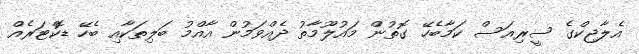
އެލާޖިކްގެ ސީރިއަސް ކަމާބެހޭ ގޮތުން މައުލޫމާތު ދެއްވަމުން އާއްމު ބަލިތަކާއި ބެހޭ ޑޮކްޓަރެއް